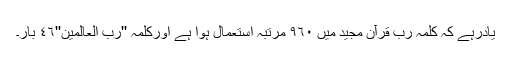
یادرہے کہ کلمہ رب قرآن مجید میں ٩٦٠ مرتبہ استعمال ہوا ہے اورکلمہ ''رب العالمین''٤٦ بار۔